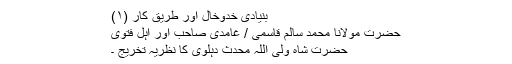
بنیادی خدوخال اور طریق کار (۱)
حضرت مولانا محمد سالم قاسمیؒ / غامدی صاحب اور اہلِ فتویٰ
حضرت شاہ ولی اللہ محدث دہلوی کا نظریۂ تخریج ۔